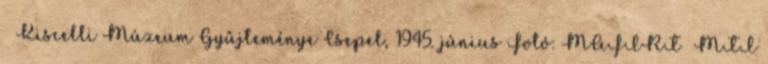
Kiscelli Múzeum Gyűjteménye Csepel, 1945. június Fotó: MAFIRT MTI